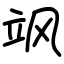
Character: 飒